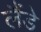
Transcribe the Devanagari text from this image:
लैंडे